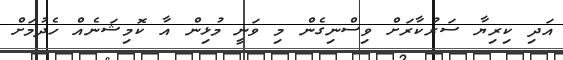
އަދި ކިރިޔާ ސަރުކާރަށް ވިސްނިގެން މި ވަނީ މުޅިން އާ ކޮމިޝަނެއް ހެދުމަށް